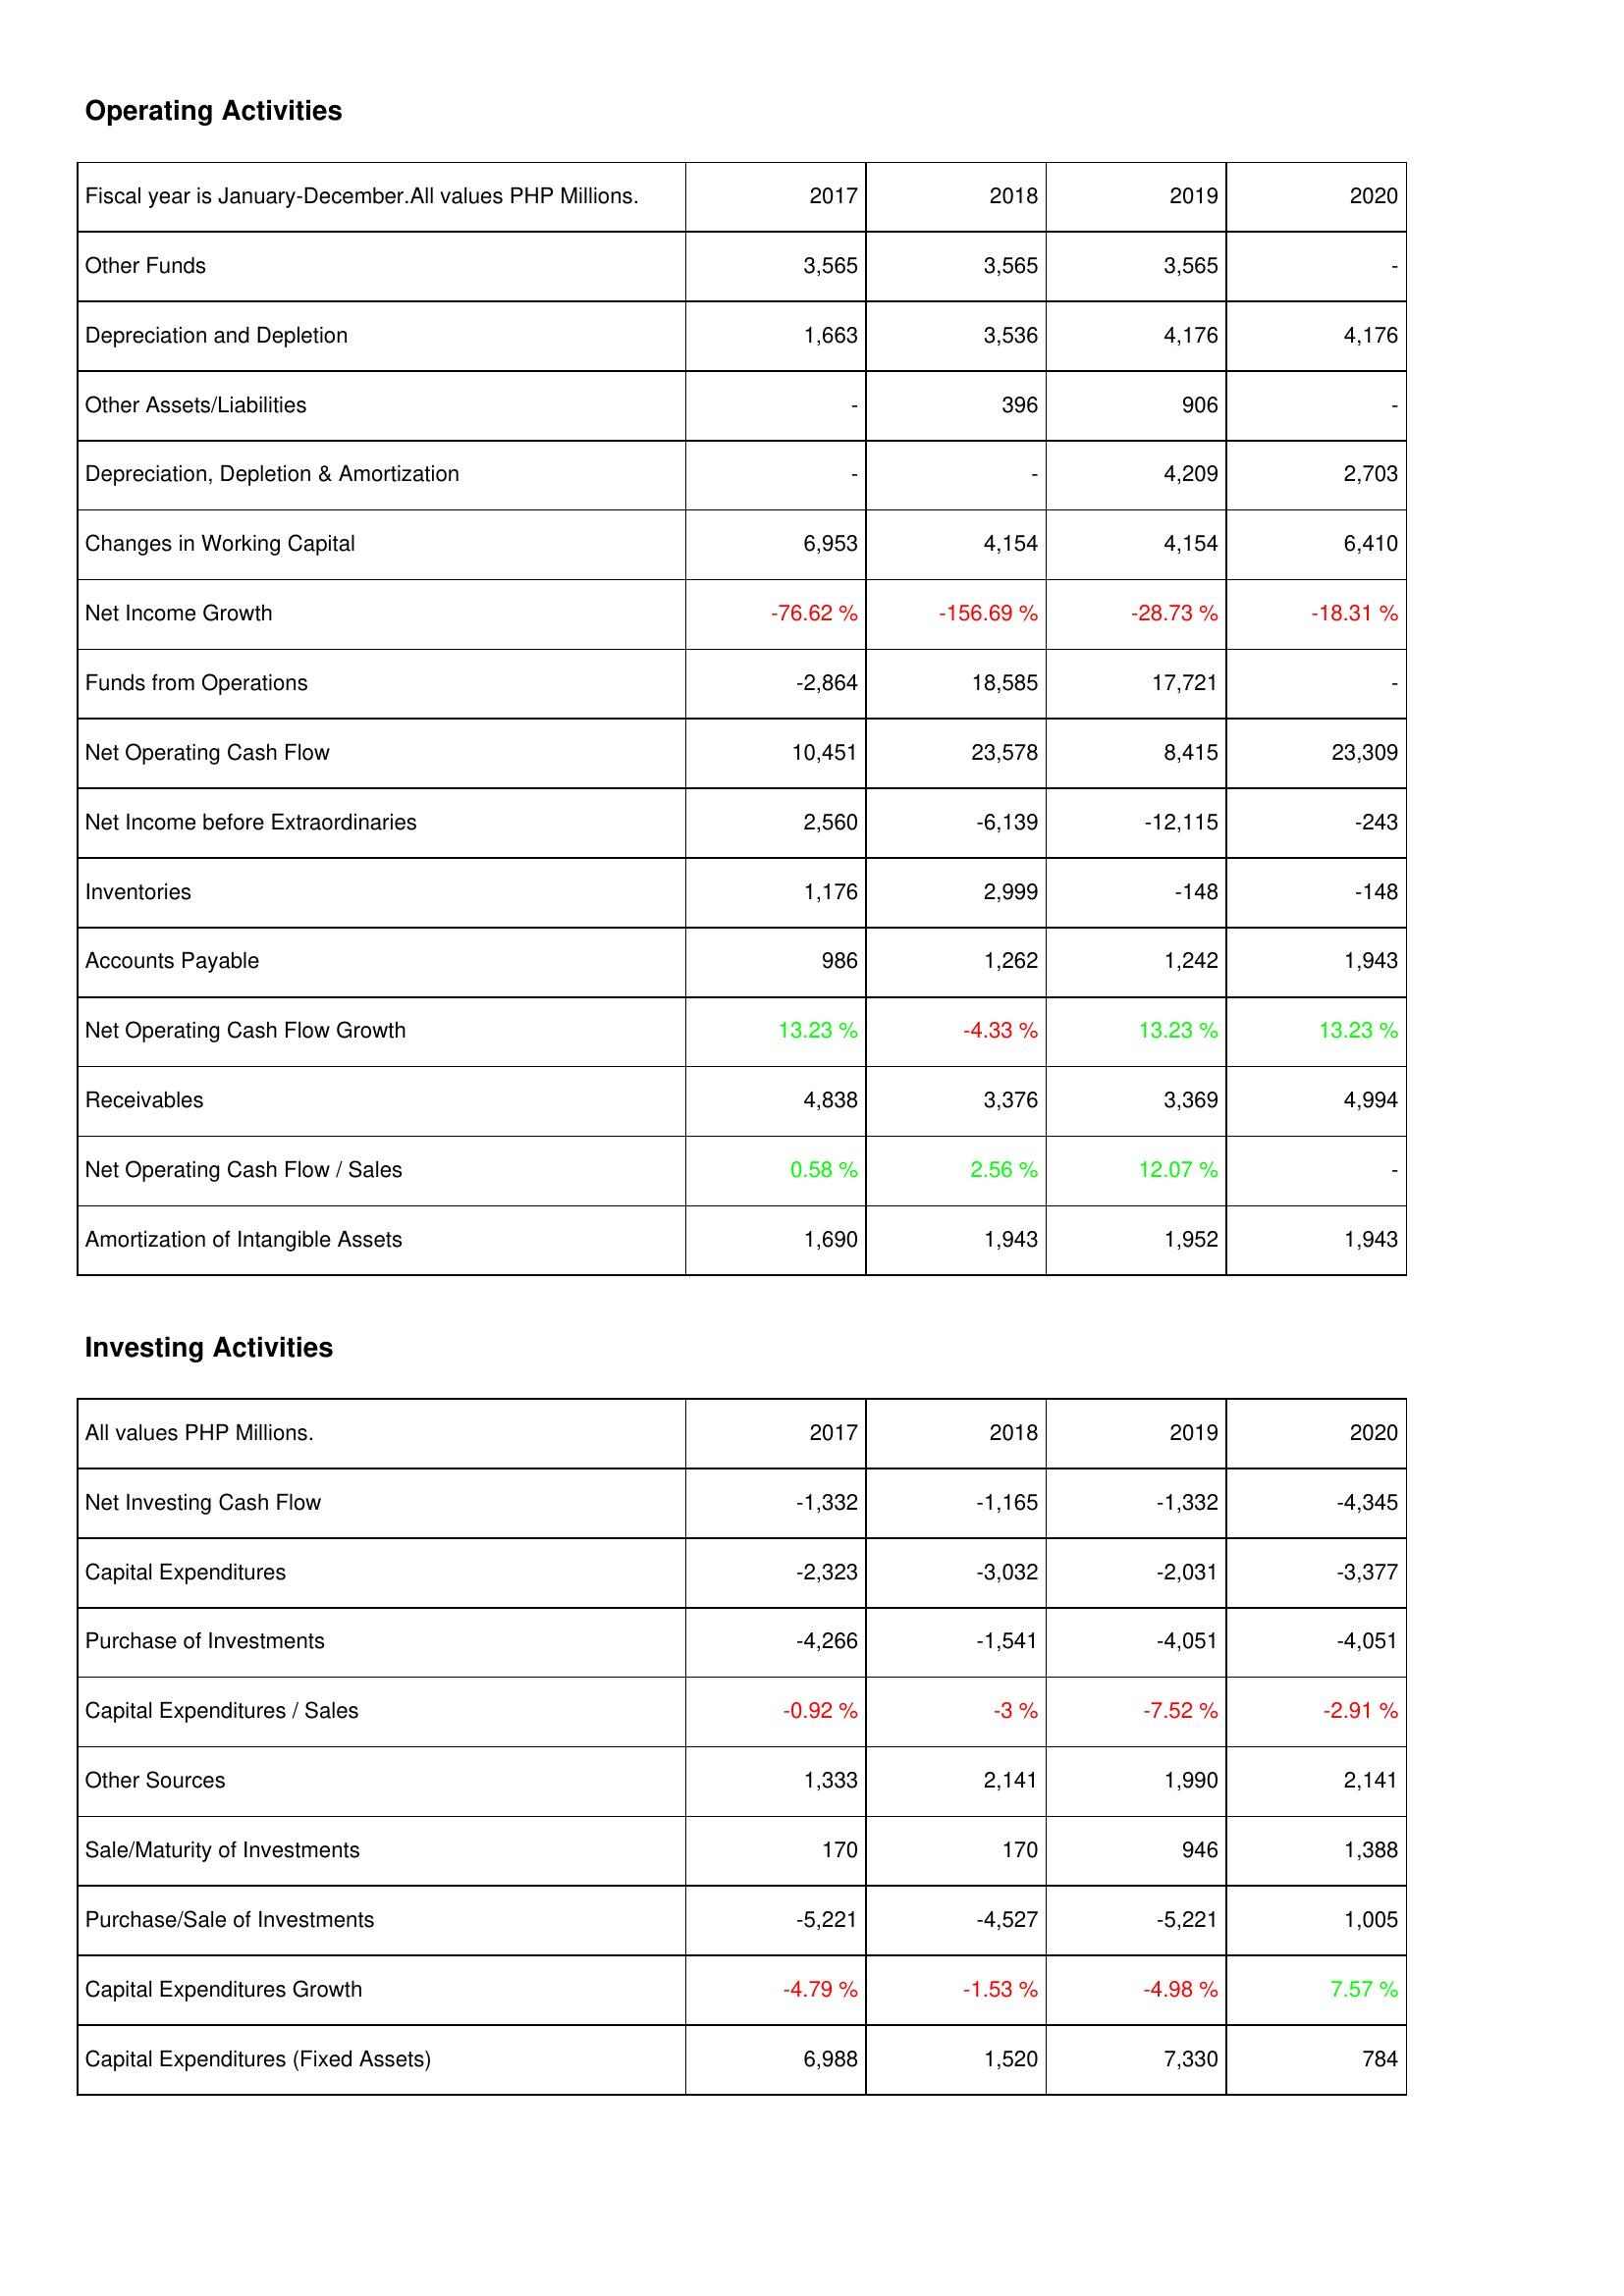
2017: Operating Activities: Other Funds: 3,565
Depreciation and Depletion: 1,663
Other Assets/Liabilities: -
Depreciation, Depletion & Amortization: -
Changes in Working Capital: 6,953
Net Income Growth: -76.62 %
Funds from Operations: -2,864
Net Operating Cash Flow: 10,451
Net Income before Extraordinaries: 2,560
Inventories: 1,176
Accounts Payable: 986
Net Operating Cash Flow Growth: 13.23 %
Receivables: 4,838
Net Operating Cash Flow / Sales: 0.58 %
Amortization of Intangible Assets: 1,690
Investing Activities: Net Investing Cash Flow: -1,332
Capital Expenditures: -2,323
Purchase of Investments: -4,266
Capital Expenditures / Sales: -0.92 %
Other Sources: 1,333
Sale/Maturity of Investments: 170
Purchase/Sale of Investments: -5,221
Capital Expenditures Growth: -4.79 %
Capital Expenditures (Fixed Assets): 6,988
2018: Operating Activities: Other Funds: 3,565
Depreciation and Depletion: 3,536
Other Assets/Liabilities: 396
Depreciation, Depletion & Amortization: -
Changes in Working Capital: 4,154
Net Income Growth: -156.69 %
Funds from Operations: 18,585
Net Operating Cash Flow: 23,578
Net Income before Extraordinaries: -6,139
Inventories: 2,999
Accounts Payable: 1,262
Net Operating Cash Flow Growth: -4.33 %
Receivables: 3,376
Net Operating Cash Flow / Sales: 2.56 %
Amortization of Intangible Assets: 1,943
Investing Activities: Net Investing Cash Flow: -1,165
Capital Expenditures: -3,032
Purchase of Investments: -1,541
Capital Expenditures / Sales: -3 %
Other Sources: 2,141
Sale/Maturity of Investments: 170
Purchase/Sale of Investments: -4,527
Capital Expenditures Growth: -1.53 %
Capital Expenditures (Fixed Assets): 1,520
2019: Operating Activities: Other Funds: 3,565
Depreciation and Depletion: 4,176
Other Assets/Liabilities: 906
Depreciation, Depletion & Amortization: 4,209
Changes in Working Capital: 4,154
Net Income Growth: -28.73 %
Funds from Operations: 17,721
Net Operating Cash Flow: 8,415
Net Income before Extraordinaries: -12,115
Inventories: -148
Accounts Payable: 1,242
Net Operating Cash Flow Growth: 13.23 %
Receivables: 3,369
Net Operating Cash Flow / Sales: 12.07 %
Amortization of Intangible Assets: 1,952
Investing Activities: Net Investing Cash Flow: -1,332
Capital Expenditures: -2,031
Purchase of Investments: -4,051
Capital Expenditures / Sales: -7.52 %
Other Sources: 1,990
Sale/Maturity of Investments: 946
Purchase/Sale of Investments: -5,221
Capital Expenditures Growth: -4.98 %
Capital Expenditures (Fixed Assets): 7,330
2020: Operating Activities: Other Funds: -
Depreciation and Depletion: 4,176
Other Assets/Liabilities: -
Depreciation, Depletion & Amortization: 2,703
Changes in Working Capital: 6,410
Net Income Growth: -18.31 %
Funds from Operations: -
Net Operating Cash Flow: 23,309
Net Income before Extraordinaries: -243
Inventories: -148
Accounts Payable: 1,943
Net Operating Cash Flow Growth: 13.23 %
Receivables: 4,994
Net Operating Cash Flow / Sales: -
Amortization of Intangible Assets: 1,943
Investing Activities: Net Investing Cash Flow: -4,345
Capital Expenditures: -3,377
Purchase of Investments: -4,051
Capital Expenditures / Sales: -2.91 %
Other Sources: 2,141
Sale/Maturity of Investments: 1,388
Purchase/Sale of Investments: 1,005
Capital Expenditures Growth: 7.57 %
Capital Expenditures (Fixed Assets): 784